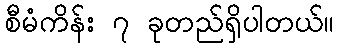
စီမံကိန်း ၇ ခုတည်ရှိပါတယ်။